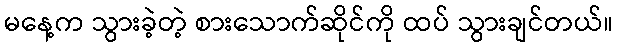
မနေ့က သွားခဲ့တဲ့ စားသောက်ဆိုင်ကို ထပ် သွားချင်တယ်။